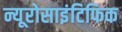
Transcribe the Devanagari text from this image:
न्यूरोसाइंटिफिक